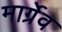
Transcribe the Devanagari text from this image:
मार्ग्रेव